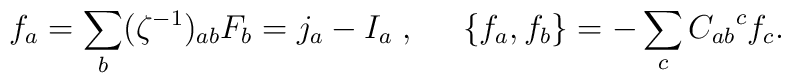
f_a = \sum_b (\zeta^{-1})_{ab} F_b = j_a - I_a 	\; , \;\;\;\;\;	\{ f_a , f_b \} = - \sum_c {C_{ab}}^c f_c .